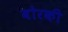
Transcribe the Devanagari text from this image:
बोरकी